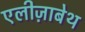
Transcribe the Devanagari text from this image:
एलीज़ाबेथ